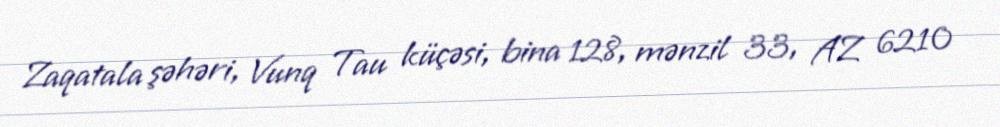
Zaqatala şəhəri, Vunq Tau küçəsi, bina 128, mənzil 33, AZ 6210